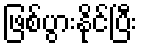
ဖြစ်ပွားနိုင်ပြီး